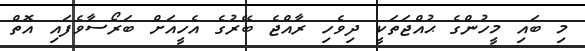
މި ބައި މީހުންގެ ޙުއްޖަތަކީ ދިވެހި ރާއްޖެ ބޭރުގެ އެހީއަށް ބަރޯސާވެފައި އޮތް